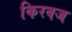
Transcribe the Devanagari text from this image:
किरवज